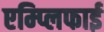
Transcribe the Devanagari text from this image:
एम्प्लिफाई